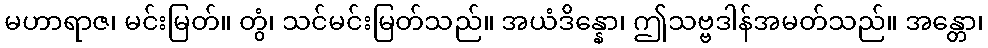
မဟာရာဇ၊ မင်းမြတ်။ တွံ၊ သင်မင်းမြတ်သည်။ အယံဒိန္နော၊ ဤသဗ္ဗဒါန်အမတ်သည်။ အန္တော၊